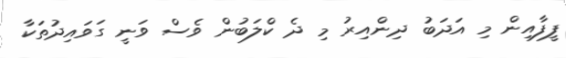
ފީފާއިން މި އަދަބު ދިންއިރު މި ދެ ކްލަބުން ވެސް ވަނީ ގަވައިދުތަކާ